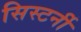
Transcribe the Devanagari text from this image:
सिस्टर्नी